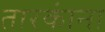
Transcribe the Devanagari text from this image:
तारकांना